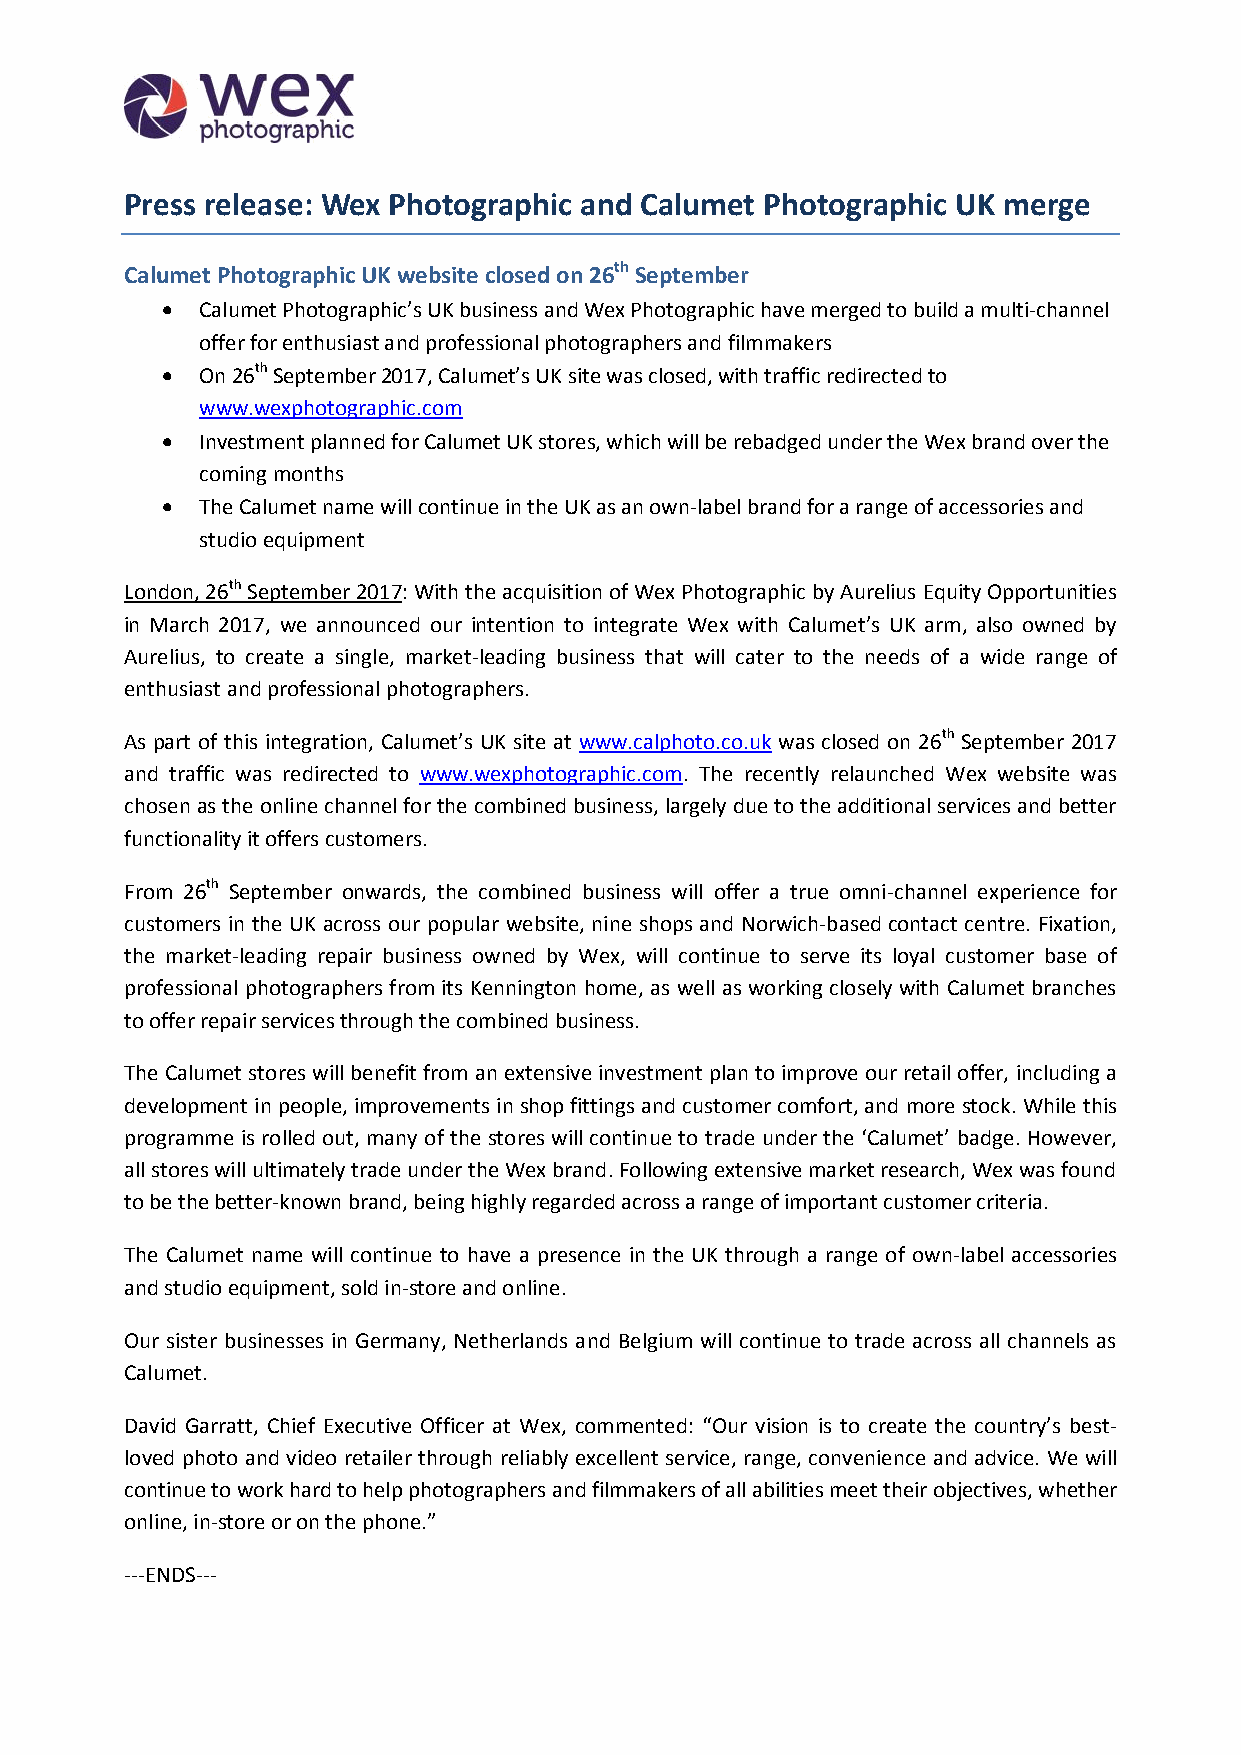
Press release: Wex Photographic and Calumet Photographic UK merge
 CalumetPhotographicUKwebsite closedon26thSeptember
 
 Calumet Photographic’sUKbusinessand Wex Photographic have merged to build a multi-channel
 offer for enthusiastand professional photographers and filmmakers
  On26thSeptember2017,Calumet’s UK sitewasclosed,with trafficredirectedto
 www.wexphotographic.com
 
 Investmentplanned forCalumet UK stores, which will be rebadgedunder the Wex brandover the
 coming months
 
 TheCalumetname willcontinuein the UKasanown-labelbrand for a range ofaccessories and
 studio equipment
 London, 26thSeptember2017:With the acquisition of Wex Photographic by AureliusEquity Opportunities
 in March 2017, we announced our intention to integrate Wex with Calumet’s UK arm, also owned by
 Aurelius, to create a single, market-leading business that will cater to the needs of a wide range of
 enthusiast andprofessional photographers.
 As part of this integration, Calumet’s UK site at www.calphoto.co.uk was closed on 26th September 2017
 and traffic was redirected to www.wexphotographic.com. The recently relaunched Wex website was
 chosenas the online channel forthecombined business,largely dueto the additional services and better
 functionality it offerscustomers.
 From 26th September onwards, the combined business will offer a true omni-channel experience for
 customers in the UK across our popular website, nine shops and Norwich-based contact centre. Fixation,
 the market-leading repair business owned by Wex, will continue to serve its loyal customer base of
 professional photographers from its Kennington home, as well as working closely with Calumet branches
 to offer repair servicesthrough thecombined business.
 The Calumet storeswill benefit from an extensive investment plan to improve our retail offer, includinga
 development in people, improvements inshop fittings and customer comfort, and more stock. While this
 programme is rolled out, many of the stores will continue to trade under the ‘Calumet’ badge. However,
 allstoreswill ultimately trade under the Wex brand.Following extensive market research, Wex was found
 to be the better-known brand, being highly regarded across a range of important customer criteria.
 The Calumet name will continue to have a presence in the UK through a range of own-label accessories
 and studio equipment, sold in-store and online.
 Our sister businesses in Germany, Netherlands and Belgium will continue to trade across all channels as
 Calumet.
 David Garratt, Chief Executive Officer at Wex, commented: “Our vision is to create the country’s best-
 loved photo and video retailer through reliably excellent service, range, convenience and advice. We will
 continue to work hard to helpphotographers and filmmakersof all abilities meet their objectives, whether
 online, in-store or on the phone.”
 ---ENDS---